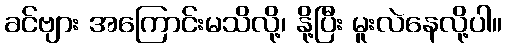
ခင်ဗျား အကြောင်းမသိလို့၊ နို့ပြီး မူးလဲနေလို့ပါ။